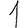
Digit: 1